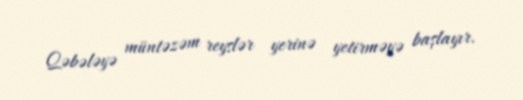
Qəbələyə müntəzəm reyslər yerinə yetirməyə başlayır.